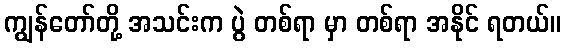
ကျွန်တော်တို့ အသင်းက ပွဲ တစ်ရာ မှာ တစ်ရာ အနိုင် ရတယ်။